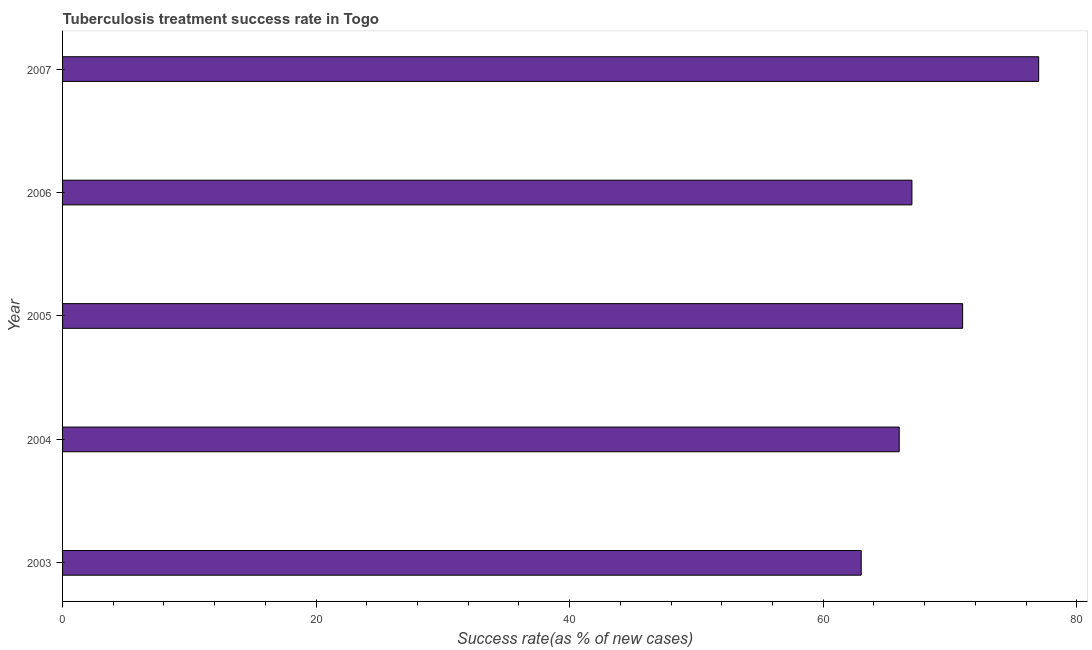
| Year | Tuberculosis treatment success rate |
 | --- | --- |
 | 2003 | 63 |
 | 2004 | 66 |
 | 2005 | 71 |
 | 2006 | 67 |
 | 2007 | 77 |